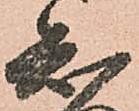
知